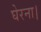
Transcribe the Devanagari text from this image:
घेरना।